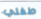
طفلي